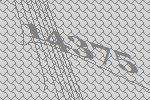
14375